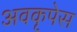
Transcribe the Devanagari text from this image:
अवकृपेस